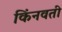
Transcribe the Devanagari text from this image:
किंनवती